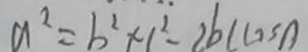
a ^ { 2 } = b ^ { 2 } + 1 ^ { 2 } - 2 b c \cos A